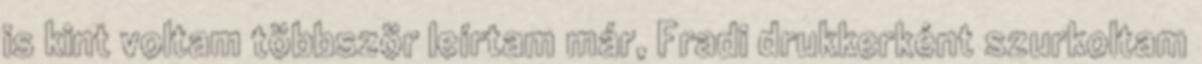
is kint voltam többször leírtam már, Fradi drukkerként szurkoltam